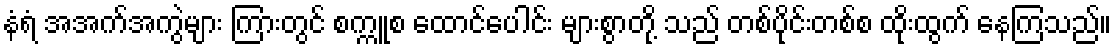
နံရံ အအက်အကွဲများ ကြားတွင် စက္ကူစ ထောင်ပေါင်း များစွာတို့ သည် တစ်ပိုင်းတစ်စ ထိုးထွက် နေကြသည်။